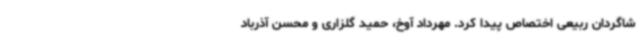
شاگردان ربیعی اختصاص پیدا کرد. مهرداد آوخ، حمید گلزاری و محسن آذرباد